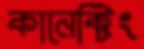
কানেক্টিং